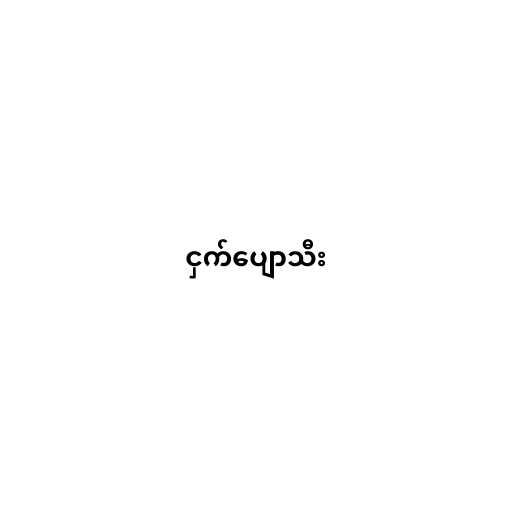
ငှက်ပျောသီး